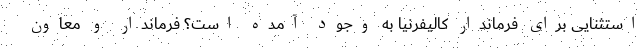
استثنایی برای فرماندار کالیفرنیا به وجود آمده است؟ فرماندار و معاون